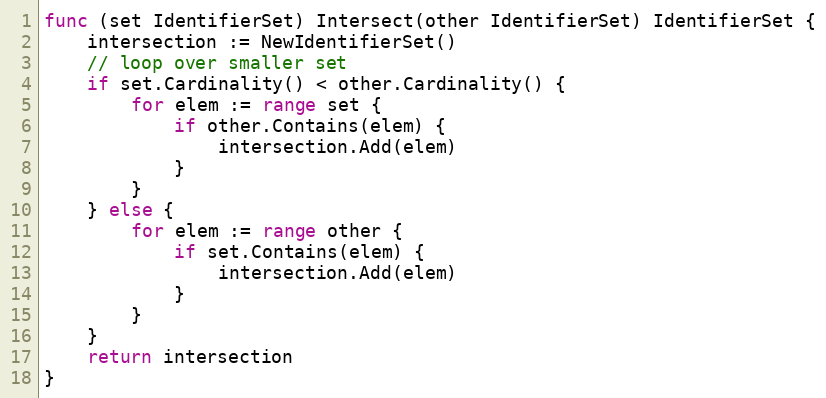
Language: Go
func (set IdentifierSet) Intersect(other IdentifierSet) IdentifierSet {
	intersection := NewIdentifierSet()
	// loop over smaller set
	if set.Cardinality() < other.Cardinality() {
		for elem := range set {
			if other.Contains(elem) {
				intersection.Add(elem)
			}
		}
	} else {
		for elem := range other {
			if set.Contains(elem) {
				intersection.Add(elem)
			}
		}
	}
	return intersection
}